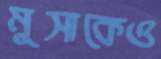
মুসাকেও